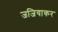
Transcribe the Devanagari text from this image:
जजियाकर